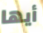
أيها